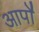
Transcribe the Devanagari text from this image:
आपो॑